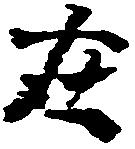
在